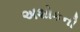
અશોકની